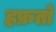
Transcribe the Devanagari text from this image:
हफ्रतों